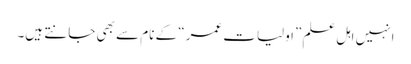
انہیں اہل علم ”اولیات عمر“ کے نام سے بھی جانتے ہیں۔